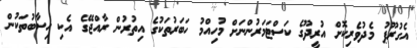
އެގުރޫޕު މެދުވެރިކޮށް އުރީދޫގެ ކަސްޓަމަރުންނަށް މުހިއްމު ހަބަރުތަކުގެ އިތުރުން ރާއްޖޭގެ އެކި ހިސާބުތަކުން